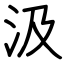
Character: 汲